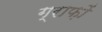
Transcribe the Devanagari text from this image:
ग्राफ़ों